Indian journal of veterinary science and animal husbandry - Volumes 28-29, 1958-1959
Year: 1958
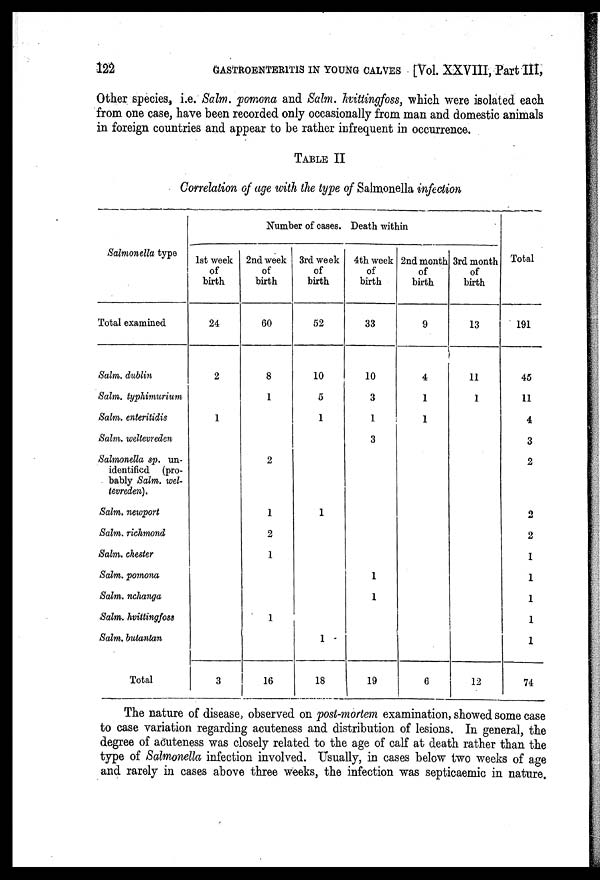
122
GASTROENTERITIS IN YOUNG CALVES [Vol. XXVIII, Part III,
Other species, i.e. Salm. pomona and Salm. hvittingfoss, which were isolated each
from one case, have been recorded only occasionally from man and domestic animals
in foreign countries and appear to be rather infrequent in occurrence.
TABLE II
Correlation of age with the type of Salmonella infection
Salmonella type
Total examined
Salm. dublin
Salm. typhimurium
Salm. enteritidis
Salm. weltevreden
Salmonella sp. un-
identified (pro-
bably Salm. wel-
tevreden).
Salm. newport
Salm. richmond
Salm. Chester
Salm. pomona
Salm. nchanga
Salm. hvittingfoss
Salm. butantan
Total
Number of cases. Death within
1st week
of
birth
24
2
1
3
2nd week
of
birth
60
8
1
2
1
2
1
1
16
3rd week
of
birth
52
10
5
1
1
1
18
4th week
of
birth
33
10
3
1
3
1
1
19
2nd month
of
birth
9
4
1
1
6
3rd month
of
birth
13
11
1
12
Total
191
45
11
4
3
2
2
2
1
1
1
1
1
74
The nature of disease, observed on post-mortem examination, showed some case
to case variation regarding acuteness and distribution of lesions. In general, the
degree of acuteness was closely related to the age of calf at death rather than the
type of Salmonella infection involved. Usually, in cases below two weeks of age
and rarely in cases above three weeks, the infection was septicaemic in nature.